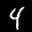
Label: 4